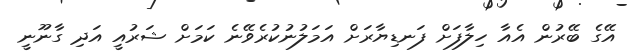
އޭގެ ބޭރުން އެއާ ހިލާފަށް ފަނޑިޔާރަށް އަމަލުނުކުރެވޭނެ ކަމަށް ޝަރުއީ އަދި ގާނޫނީ